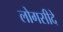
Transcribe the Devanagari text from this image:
लोगसीदे